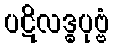
ပဋိလဒ္ဓပုဗ္ဗံ